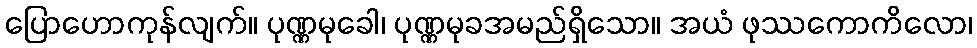
ပြောဟောကုန်လျက်။ ပုဏ္ဏမုခေါ၊ ပုဏ္ဏမုခအမည်ရှိသော။ အယံ ဖုဿကောကိလော၊